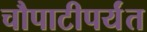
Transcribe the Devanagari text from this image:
चौपाटीपर्यंत